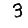
Digit: 3